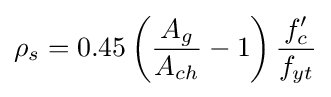
{\rho }_{s}=0.45\left({\frac {A_{g}}{A_{ch}}}-1\right){\frac {f'_{c}}{f_{yt}}}